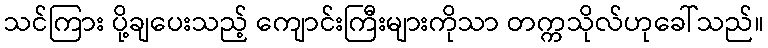
သင်ကြား ပို့ချပေးသည့် ကျောင်းကြီးများကိုသာ တက္ကသိုလ်ဟုခေါ်သည်။